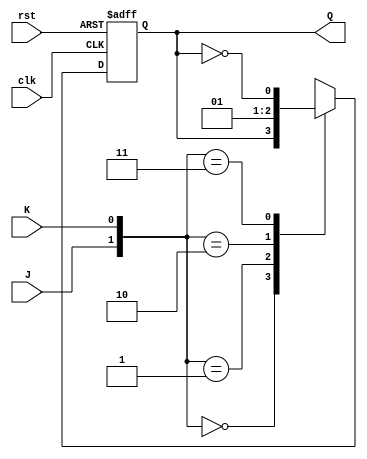
module JK_FF(Q,J,K,clk,rst);
    output reg Q;
    input J,K;
    input clk,rst;

    always @(posedge clk,negedge rst)
        if (rst == 0) Q <= 1'b0;
        else
            begin
                case ({J,K})
                    2'b00: Q <= Q;
                    2'b01: Q <= 1'b0;
                    2'b10: Q <= 1'b1;
                    2'b11: Q <= ~Q;
                endcase 
            end
endmodule